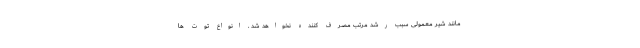
مانند شیر معمولی سبب رشد مرتب مصرف کننده نخواهد شد . انواع توت ها